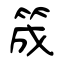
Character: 筬